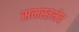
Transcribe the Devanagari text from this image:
समस्तभेव